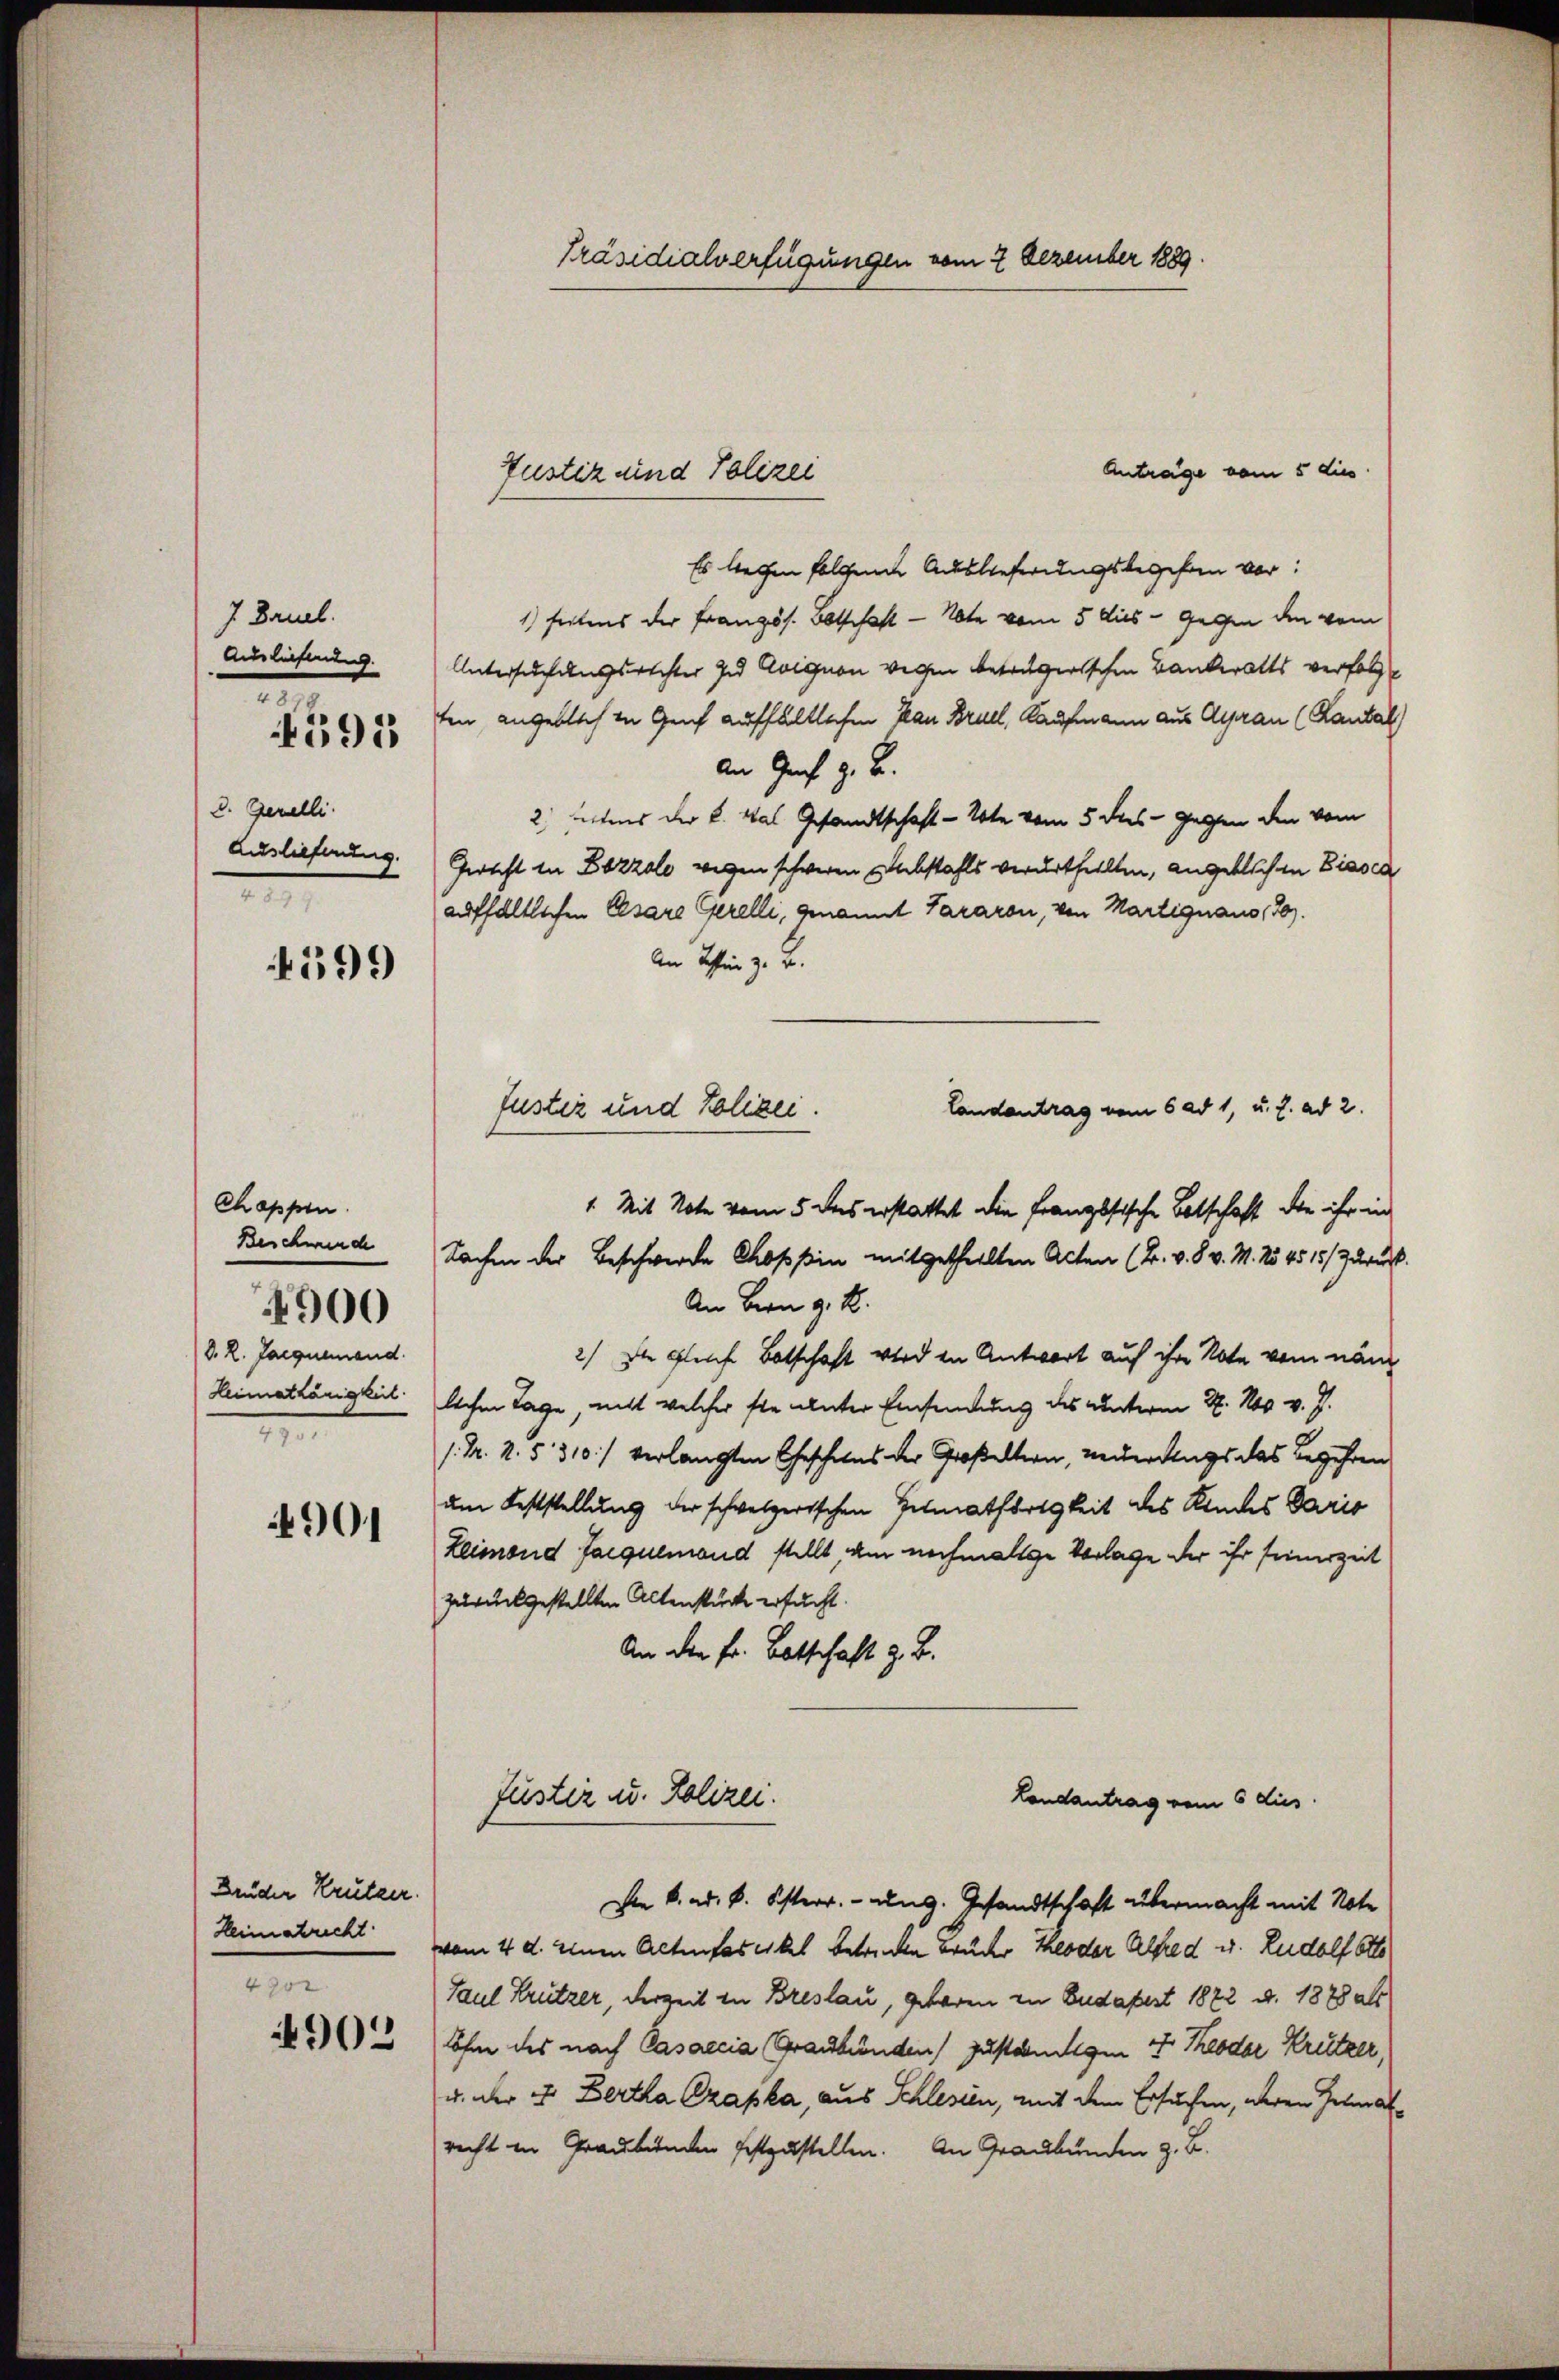
J. Bruel.
Auslieferung.
d. Gerelli
Auslieferung.
e

.
4395

599

Chappen.
Beschwerd
d. R. Jaequemend.
Heimathänigkeit.
7

4900

4901

Bruder Krutzer.
Heimatrecht.
4302

902

Präsidialverfügungen vom 2 Dezember 1889.

Anträge vom 5 dies
Es liegen folgende Auslieferungsbegehen vor:
1) seitens der Französ. Botschaft — Note vom 5 dies - gegen den vom
Untersuchungsrechter zu Avignon wegen beträgerischen Bankerotts verfolgten, angeblich in Genf aufhältlichen kan Bruel, Kaufmann aus Ayrau (Rantal)
An Graf z. B.
2) Lettens der K. Was Gesandtschaft - 20te vom 5 des - gegen den vom
Gericht in Bozzale wegen schweren Abstahls verurtheilten, angeblich in Biasca
aufhältlichen Cesare Gerelli, genannt Pararon, von Martignaus 170).
An Resten z. B.
Landantrag vom 6 ad 1, u. s. ad 2.
1. Mit Note vom 5 des erstattet die französische Botschaft die ihr in
Sachen der Beschwerde Choppin mitgetheilten Alten (Br. v. 8. v. M. No 4515/3 Druck.
An Bern d. M.
2) Die gleiche Botschaft wird in Antwort auf ihre Note vom näm
lche Tage, nicht welcher sie unter Einsendung des unterm 27. Nov. v. J.
/. Nr. 4. § 310.) verlangten Geschens der Großeltern, neuerdings das Begehren
am Feststellung der schweizerischen Heimathörigkeit des Kindes Paris
Leimond Jacquemand stellt, am nochmalige Vorlage der ihr seinerzeit
zurückgestellten Altenstücke ersucht.
An den Fr. Botschaft z. B.
Justiz u. Polizei.
Londantrag vom 6 dies

Justiz und Polizei

fustiz und Polizei.

Die k. ad. k. Osterr. ung. Gesandtschaft übermacht mit Note

vom 4. d. einen Actenfascikel betreten Brücker Theoder Alfred u. Rudolf Otto
Paul Trutzer, derzeit in Breslau, geboren zu Budapest 1872 d. 1878 als
Lohne des nach Casaccia Graubünden) zuständigen 4 Theodor Krützer,
u. der 4. Bertha Czapka, aus Schlesien, mit dem Ersuchen, deren Heimatrecht in Graubünden festzustellen. An Graubünden z. B.